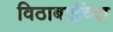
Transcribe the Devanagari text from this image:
विठाबाईंच्या